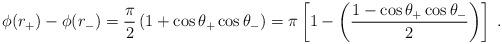
LaTeX: \begin{align*}\phi(r_+) - \phi(r_-)= \frac{\pi}{2}\left( 1 + \cos\theta_+ \cos\theta_- \right)= \pi\left[ 1 - \left( \frac{1 - \cos\theta_+ \cos\theta_-}{ 2 } \right) \right]\;.\end{align*}